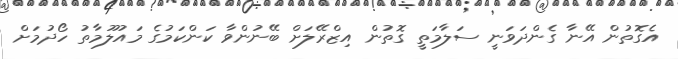
އެގޮތުން އޭނާ ގެންދަވަނީ ސަލާމަތީ ގޮތުން އިޒްރޭލަށް ބޭނުންވާ ކަންކަމުގެ މައުލޫމާތު ހޯދުމަށް